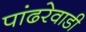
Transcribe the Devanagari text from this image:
पांढरेवाडी